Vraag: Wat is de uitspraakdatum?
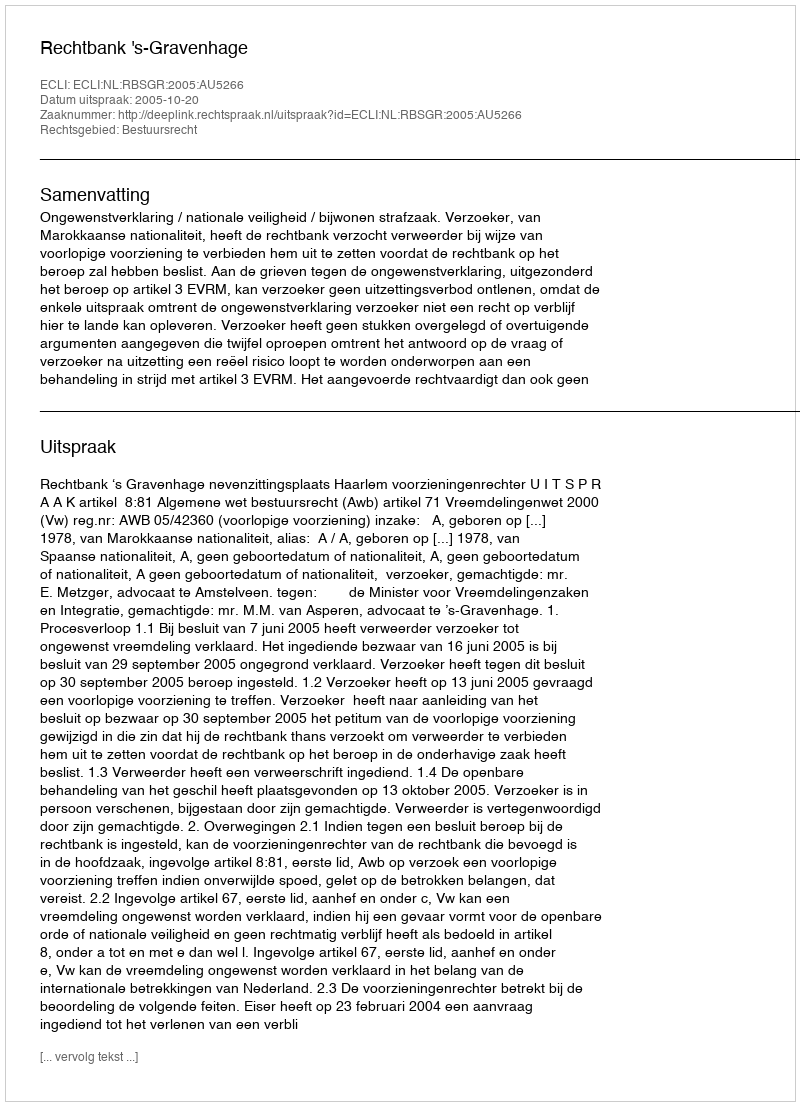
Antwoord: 2005-10-20